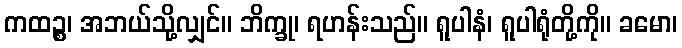
ကထဉ္စ၊ အဘယ်သို့လျှင်။ ဘိက္ခု၊ ရဟန်းသည်။ ရူပါနံ၊ ရူပါရုံတို့ကို။ ခမော၊